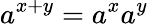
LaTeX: a^{x+y}=a^{x}a^{y}